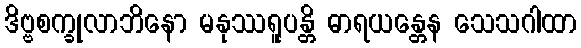
ဒိဗ္ဗစက္ခုလာဘိနော မနုဿရူပန္တိ ဓာရယန္တေန သေသဂါထာ